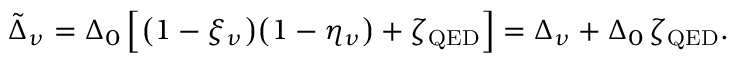
\tilde { \Delta } _ { \nu } = \Delta _ { 0 } \, \Big [ \big ( 1 - \xi _ { \nu } \big ) \big ( 1 - \eta _ { \nu } \big ) + \zeta _ { \mathrm { Q E D } } \Big ] = \Delta _ { \nu } + \Delta _ { 0 } \, \zeta _ { \mathrm { Q E D } } .